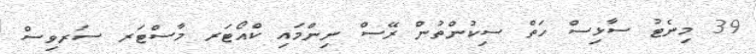
39 މިނެޓު ސާޅިސް ހަތް ސިކުންތުން ރޭސް ނިންމައި ކްއޯޓަރ މާސްޓަރ ސަރވިސް